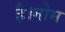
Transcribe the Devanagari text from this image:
है।मोम